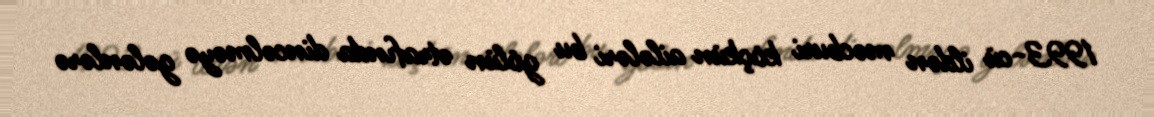
1993-cü ildən məcburi köçkün ailələri bu gölün ətrafında dincəlməyə gələnlərə